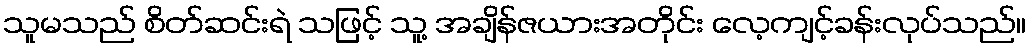
သူမသည် စိတ်ဆင်းရဲ သဖြင့် သူ့ အချိန်ဇယားအတိုင်း လေ့ကျင့်ခန်းလုပ်သည်။